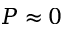
P \approx 0